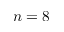
n = 8